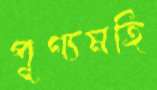
পূণ্যমহি